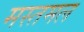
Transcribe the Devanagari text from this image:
मस्तमल